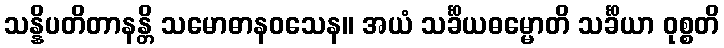
သန္နိပတိတာနန္တိ သမောဓာနဝသေန။ အယံ သင်္ခိယဓမ္မောတိ သင်္ခိယာ ဝုစ္စတိ